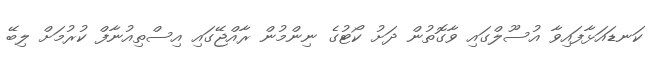
ކަނޑައަޅާފައިވާ އުސޫލްގައި ވާގޮތުން ދަށު ކޯޓުގެ ނިންމުން ރާއްޖޭގައި އިސްތިއުނާފް ކުރުމަށް ލިބޭ